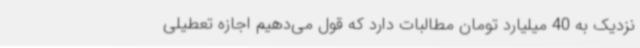
نزدیک به 40 میلیارد تومان مطالبات دارد که قول می‌دهیم اجازه تعطیلی